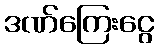
ဒဏ်ကြေးငွေ